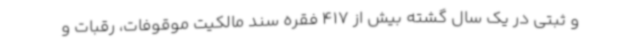
و ثبتی در یک سال گشته بیش از 417 فقره سند مالکیت موقوفات، رقبات و